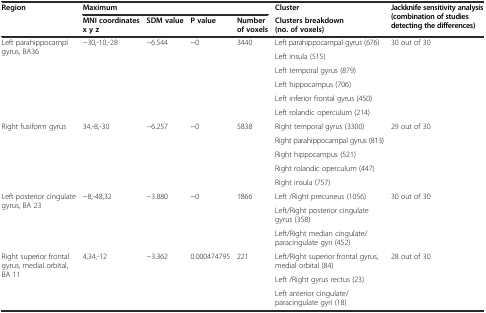
<table><thead><tr><td rowspan="2"><b>Region</b></td><td colspan="4"><b>Maximum</b></td><td><b>Cluster</b></td><td rowspan="2"><b>Jackknife sensitivity analysis (combination of studies detecting the differences)</b></td></tr><tr><td><b>MNI coordinates x y z</b></td><td><b>SDM value</b></td><td><b>P value</b></td><td><b>Number of voxels</b></td><td><b>Clusters breakdown (no. of voxels)</b></td></tr></thead><tbody><tr><td rowspan="6">Left parahippocampl gyrus, BA36</td><td rowspan="6">−30,-10,-28</td><td rowspan="6">−6.544</td><td rowspan="6">~0</td><td rowspan="6">3440</td><td>Left parahippocampal gyrus (676)</td><td rowspan="6">30 out of 30</td></tr><tr><td>Left insula (515)</td></tr><tr><td>Left temporal gyrus (879)</td></tr><tr><td>Left hippocampus (706)</td></tr><tr><td>Left inferior frontal gyrus (450)</td></tr><tr><td>Left rolandic operculum (214)</td></tr><tr><td rowspan="5">Right fusiform gyrus</td><td rowspan="5">34,-8,-30</td><td rowspan="5">−6.257</td><td rowspan="5">~0</td><td rowspan="5">5838</td><td>Right temporal gyrus (3300)</td><td rowspan="5">29 out of 30</td></tr><tr><td>Right parahippocampal gyrus (813)</td></tr><tr><td>Right hippocampus (521)</td></tr><tr><td>Right rolandic operculum (447)</td></tr><tr><td>Right insula (757)</td></tr><tr><td rowspan="3">Left posterior cingulate gyrus, BA 23</td><td rowspan="3">−8,-48,32</td><td rowspan="3">−3.880</td><td rowspan="3">~0</td><td rowspan="3">1866</td><td>Left /Right precuneus (1056)</td><td rowspan="3">30 out of 30</td></tr><tr><td>Left/Right posterior cingulate gyrus (358)</td></tr><tr><td>Left/Right median cingulate/paracingulate gyri (452)</td></tr><tr><td rowspan="3">Right superior frontal gyrus, medial orbital, BA 11</td><td rowspan="3">4,34,-12</td><td rowspan="3">−3.362</td><td rowspan="3">0.000474795</td><td rowspan="3">221</td><td>Left/Right superior frontal gyrus, medial orbital (84)</td><td rowspan="3">28 out of 30</td></tr><tr><td>Left /Right gyrus rectus (23)</td></tr><tr><td>Left anterior cingulate/paracingulate gyri (18)</td></tr></tbody></table>